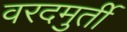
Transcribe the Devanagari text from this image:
वरदमुर्ती